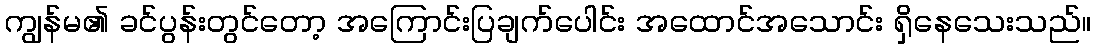
ကျွန်မ၏ ခင်ပွန်းတွင်တော့ အကြောင်းပြချက်ပေါင်း အထောင်အသောင်း ရှိနေသေးသည်။